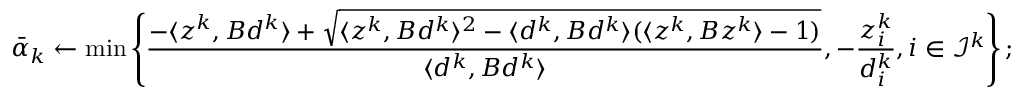
\bar { \alpha } _ { k } \leftarrow \operatorname* { m i n } \left\{ \frac { - \langle z ^ { k } , B d ^ { k } \rangle + \sqrt { \langle z ^ { k } , B d ^ { k } \rangle ^ { 2 } - \langle d ^ { k } , B d ^ { k } \rangle ( \langle z ^ { k } , B z ^ { k } \rangle - 1 ) } } { \langle d ^ { k } , B d ^ { k } \rangle } , - \frac { z _ { i } ^ { k } } { d _ { i } ^ { k } } , i \in \mathcal { I } ^ { k } \right\} ;